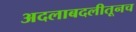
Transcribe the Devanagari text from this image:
अदलाबदलीतूनच